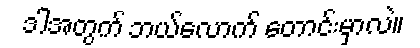
ဒါအတွက် ဘယ်လောက် တောင်းမှာလဲ။